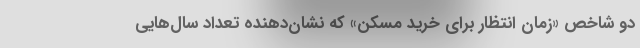
دو شاخص «زمان انتظار برای خرید مسکن» که نشان‌دهنده تعداد سال‌هایی